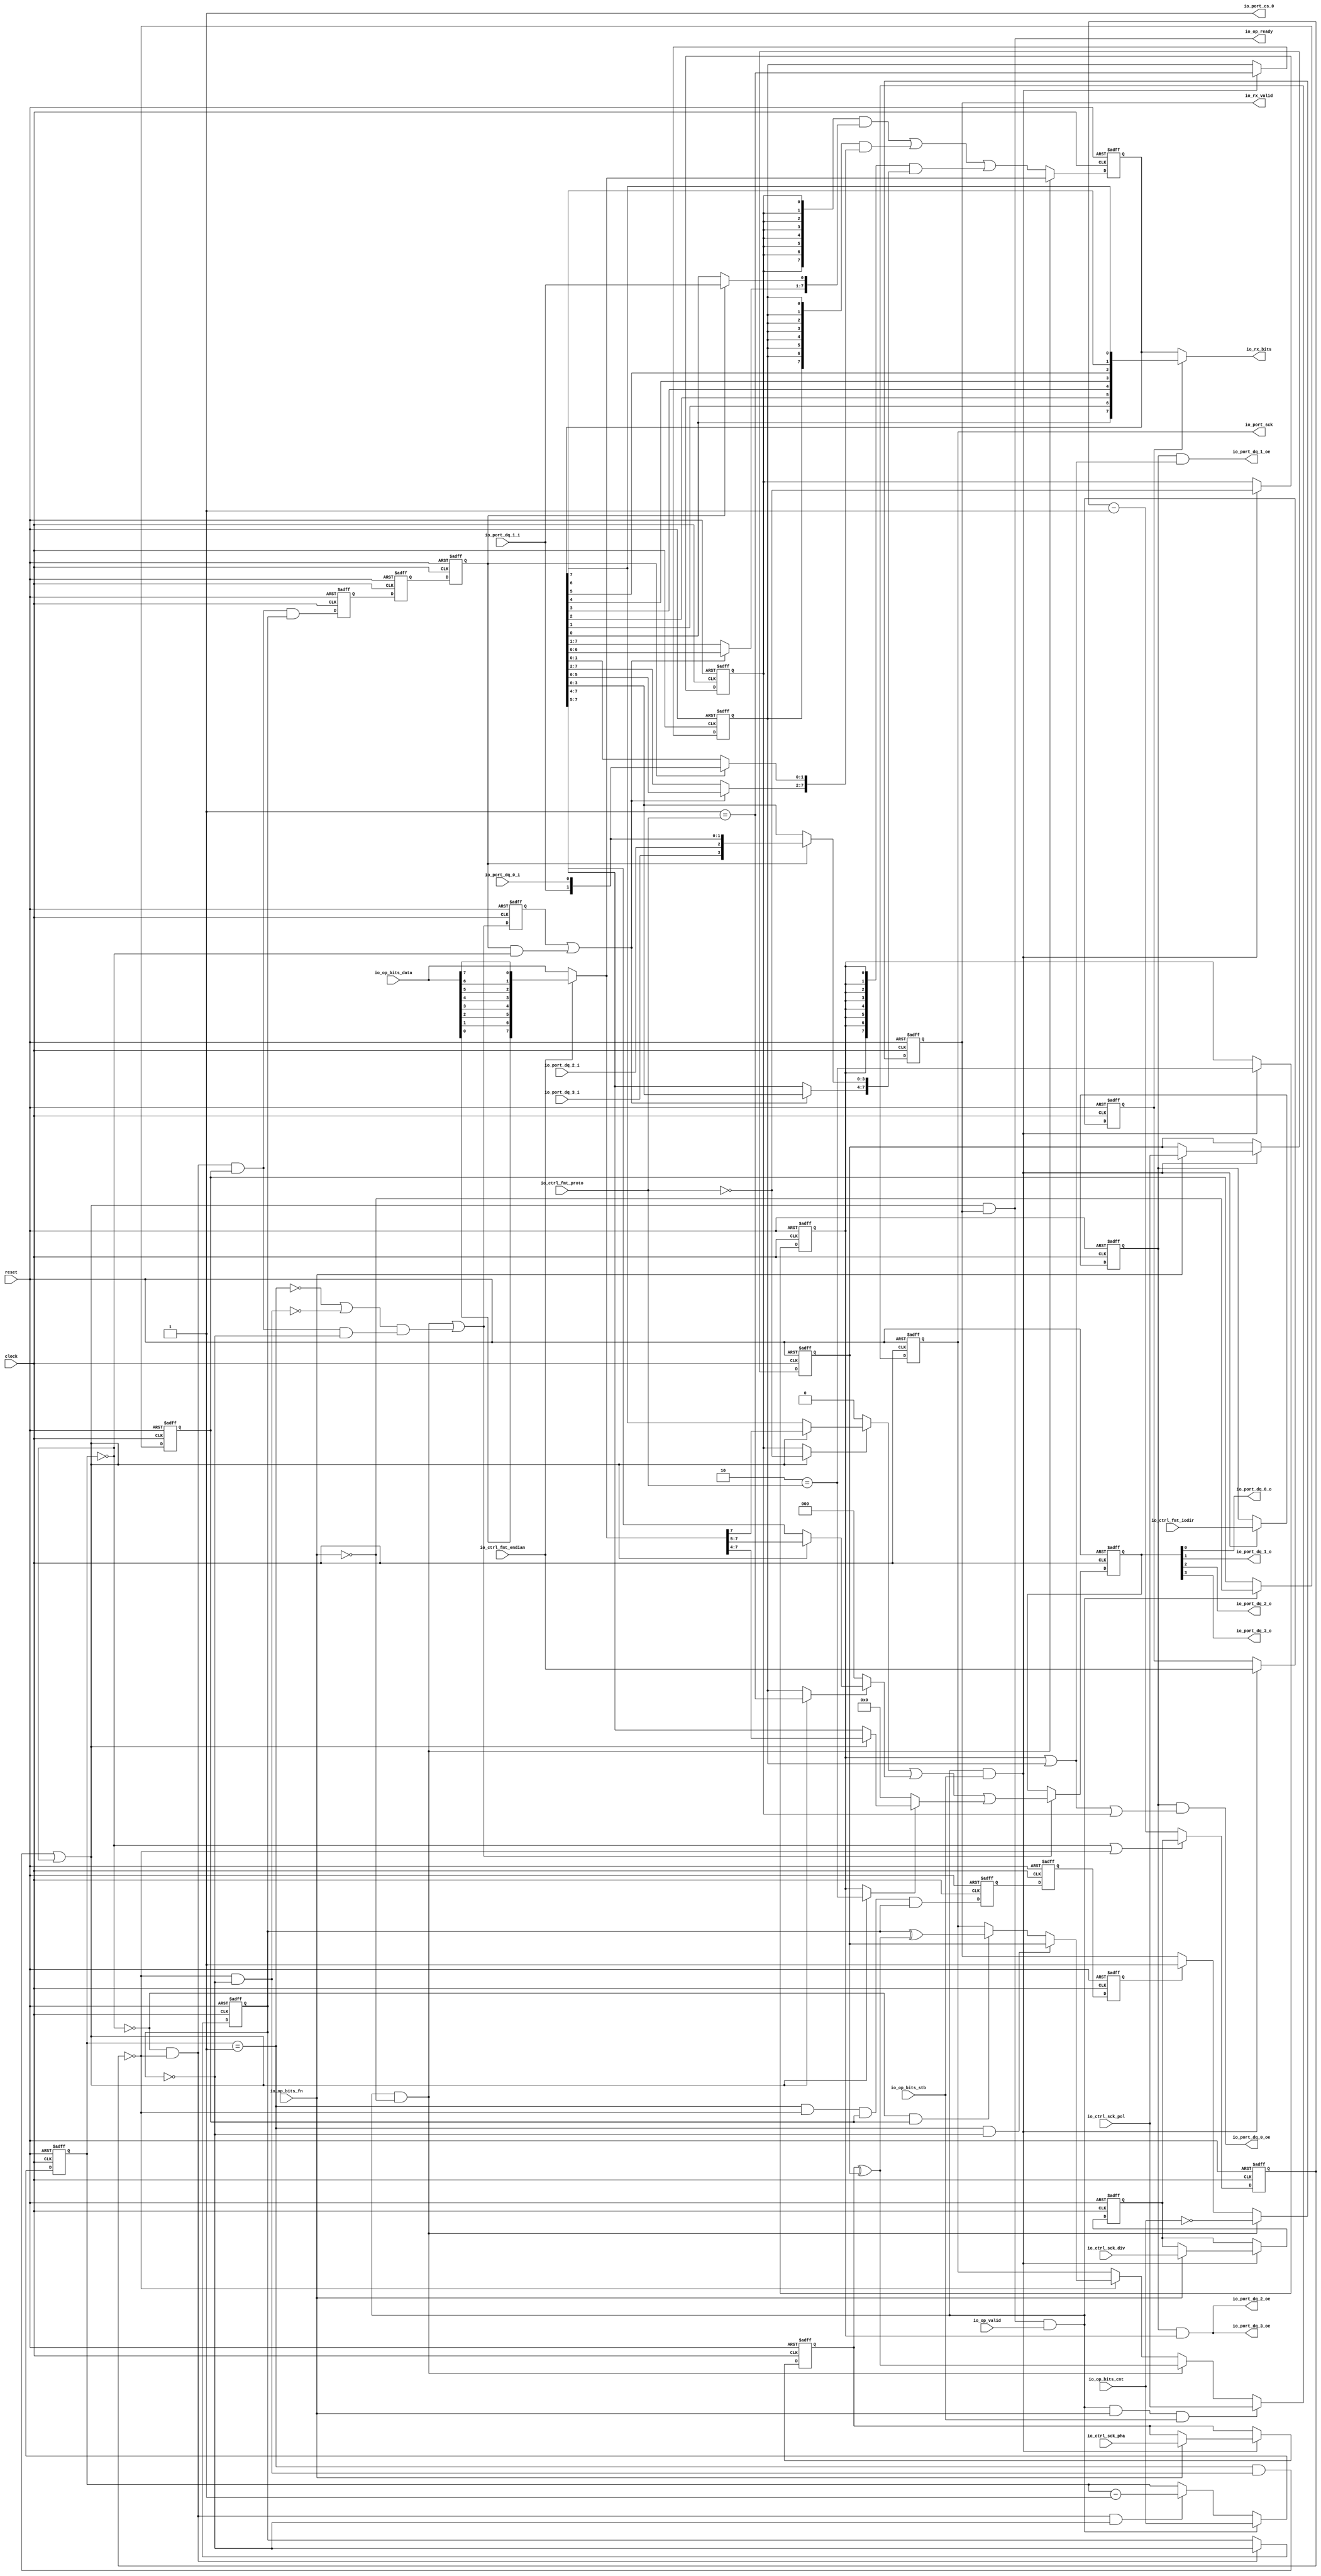
 /*                                                                      
 Copyright 2018 Tomas Brabec
 Copyright 2017 Silicon Integrated Microelectronics, Inc.                
                                                                         
 Licensed under the Apache License, Version 2.0 (the "License");         
 you may not use this file except in compliance with the License.        
 You may obtain a copy of the License at                                 
                                                                         
     http://www.apache.org/licenses/LICENSE-2.0                          
                                                                         
  Unless required by applicable law or agreed to in writing, software    
 distributed under the License is distributed on an "AS IS" BASIS,       
 WITHOUT WARRANTIES OR CONDITIONS OF ANY KIND, either express or implied.
 See the License for the specific language governing permissions and     
 limitations under the License.                                          

 Change log:

   2018, Aug, Tomas Brabec
   - Code cleanup (unused nets, transitive assignments, constant assignments).

 */                                                                      
                                                                         
                                                                         
                                                                         

module sirv_qspi_physical(
  input   clock,
  input   reset,
  output  io_port_sck,
  input   io_port_dq_0_i,
  output  io_port_dq_0_o,
  output  io_port_dq_0_oe,
  input   io_port_dq_1_i,
  output  io_port_dq_1_o,
  output  io_port_dq_1_oe,
  input   io_port_dq_2_i,
  output  io_port_dq_2_o,
  output  io_port_dq_2_oe,
  input   io_port_dq_3_i,
  output  io_port_dq_3_o,
  output  io_port_dq_3_oe,
  output  io_port_cs_0,  // unused
  input  [11:0] io_ctrl_sck_div,
  input   io_ctrl_sck_pol,
  input   io_ctrl_sck_pha,
  input  [1:0] io_ctrl_fmt_proto,
  input   io_ctrl_fmt_endian,
  input   io_ctrl_fmt_iodir,
  output  io_op_ready,
  input   io_op_valid,
  // Type of SPI micro opration (0=xfer, 1=delay). An SPI operation consists of
  // micro operations, such as an N-bit data transfer, or a delay (e.g. between
  // CS assertion and 1st SCK change, between two data transfers, after a data
  // transfer and CS de-assertion, etc.).
  input   io_op_bits_fn,
  input   io_op_bits_stb,
  input  [7:0] io_op_bits_cnt,
  input  [7:0] io_op_bits_data,
  output  io_rx_valid,
  output [7:0] io_rx_bits
);
  reg [11:0] ctrl_sck_div;
  reg  ctrl_sck_pol;
  reg  ctrl_sck_pha;
  reg [1:0] ctrl_fmt_proto;
  reg  ctrl_fmt_endian;
  reg  ctrl_fmt_iodir;
//  wire  proto_s;
//  wire  proto_d;
//  wire  proto_q;
  reg  proto_s;
  reg  proto_d;
  reg  proto_q;
  reg  setup_d;
  reg  T_119;
  reg  T_120;
  reg  sample_d;
  reg  T_122;
  reg  T_123;
  reg  last_d;
  // A multi-purpose counter in units of one SCK period (a.k.a. tick). This counter
  // is loaded from the upper "media" access module, which is responsible for frame
  // formatting. Henc, as the transmission proceeds, `scnt` gets loaded with intercs,
  // interxfr, sckcs and cssck (fields of the delay0 and delay1 registers), and counts
  // down those values.
  reg [7:0] scnt;
  // A SCK counter (a.k.a. tick counter). Counts down the number of `clock` cycles that
  // yield one SCK cycle (a.k.a. tick).
  reg [11:0] tcnt;
  // Indicates final count-down of the multi-purpose counter.
  wire  stop;
  // Indicates final count-down of the tick counter.
  wire  beat;
//  wire [11:0] decr;
  reg  sck;
  // Internal SCK, rise edge active.
  reg  cref;
  // defines the polarity of the output SCK
  wire  cinv;
  reg [7:0] buffer;
  wire [7:0] buffer_in;
  wire [7:0] T_179;
  reg [3:0] txd;
  wire [3:0] T_193;
//  wire [3:0] GEN_0;
  reg  done;
//  wire  T_212;
  reg  xfr;
//  wire  _234;
//  wire  _236;
//  wire  T_237;
//  wire  GEN_12;
//  wire  GEN_13;
  wire  scnt_eq_one;
  wire  cref_rise;
  wire  GEN_21;
  wire  T_251;
//  wire  T_259;
//  wire [1:0] GEN_54;
//  wire  GEN_55;
//  wire  GEN_56;
//  wire  GEN_57;
//  wire [7:0] GEN_58;
//  wire  GEN_59;
  wire  GEN_60;
//  wire  GEN_61;
//  wire [11:0] GEN_62;
//  wire  GEN_63;
//  wire  GEN_64;
  wire [7:0] io_op_bits_data_rev;
  assign io_port_sck = sck;
  assign io_port_dq_0_o = txd[0];
  assign io_port_dq_0_oe = ctrl_fmt_iodir & (proto_q | proto_d | proto_s);
  assign io_port_dq_1_o = txd[1];
  assign io_port_dq_1_oe = ctrl_fmt_iodir & (proto_q | proto_d);
  assign io_port_dq_2_o = txd[2];
  assign io_port_dq_2_oe = ctrl_fmt_iodir & (proto_q);
  assign io_port_dq_3_o = txd[3];
  assign io_port_dq_3_oe = io_port_dq_2_oe; 
  assign io_port_cs_0 = 1'h1;
  assign io_op_ready = T_251;
  assign io_rx_valid = done;
  assign io_rx_bits = ctrl_fmt_endian ? {buffer[0],buffer[1],buffer[2],buffer[3],buffer[4],buffer[5],buffer[6],buffer[7]} : buffer;
//  assign proto_s = 2'h0 == ctrl_fmt_proto;
//  assign proto_d = 2'h1 == ctrl_fmt_proto;
//  assign proto_q = 2'h2 == ctrl_fmt_proto;
  assign stop = scnt == 8'h0;
  assign beat = tcnt == 12'h0;
//  assign decr = (beat ? {{4'd0}, scnt} : tcnt) - 12'h1;
  assign cinv = ctrl_sck_pha ^ ctrl_sck_pol;
  assign io_op_bits_data_rev  = {io_op_bits_data[0],io_op_bits_data[1],io_op_bits_data[2],io_op_bits_data[3],io_op_bits_data[4],io_op_bits_data[5],io_op_bits_data[6],io_op_bits_data[7]};
  assign buffer_in = ~io_ctrl_fmt_endian ? io_op_bits_data : io_op_bits_data_rev;
  assign T_179 = 
      ({8{proto_s}} & {((setup_d | (sample_d & stop)) ? buffer[6:0] : buffer[7:1]),(sample_d ? io_port_dq_1_i : buffer[0])}) |
      ({8{proto_d}} & {((setup_d | (sample_d & stop)) ? buffer[5:0] : buffer[7:2]),(sample_d ? {io_port_dq_1_i,io_port_dq_0_i} : buffer[1:0])}) | 
      ({8{proto_q}} & {((setup_d | (sample_d & stop)) ? buffer[3:0] : buffer[7:4]),(sample_d ? ({({io_port_dq_3_i,io_port_dq_2_i}),({io_port_dq_1_i,io_port_dq_0_i})}) : buffer[3:0])});
  assign T_193 = 
      {3'd0, ((GEN_21 ? 2'h0 == io_ctrl_fmt_proto : proto_s) ? (GEN_21 ? buffer_in[7]   : buffer[7]  ) : 1'h0)} |
      {2'd0, ((GEN_21 ? 2'h1 == io_ctrl_fmt_proto : proto_d) ? (GEN_21 ? buffer_in[7:5] : buffer[7:5]) : 2'h0)} |
             ((GEN_21 ? 2'h2 == io_ctrl_fmt_proto : proto_q) ? (GEN_21 ? buffer_in[7:4] : buffer[7:4]) : 4'h0);
//  assign GEN_0 = GEN_60 ? T_193 : txd;
//  assign T_212 = done | last_d;
//  assign _234 = stop == 1'h0;
//  assign _236 = cref == 1'h0;
//  assign T_237 = cref ^ cinv;
//  assign GEN_12 = (~stop & beat) ^ cref;
//  assign GEN_13 = ~stop ? (beat ? (xfr ? T_237 : sck) : sck) : sck;
  assign scnt_eq_one = scnt == 8'h1;
  assign cref_rise = beat & ~cref;
  assign GEN_21 = (scnt_eq_one & cref_rise) | stop;
  assign T_251 = GEN_21 & done;
//  assign T_259 = io_op_bits_cnt == 8'h0;
//  assign GEN_54 = T_251 ? (io_op_valid ? (io_op_bits_stb ? io_ctrl_fmt_proto : ctrl_fmt_proto) : ctrl_fmt_proto) : ctrl_fmt_proto;
//  assign GEN_55 = T_251 ? (io_op_valid ? (io_op_bits_stb ? io_ctrl_fmt_endian : ctrl_fmt_endian) : ctrl_fmt_endian) : ctrl_fmt_endian;
//  assign GEN_56 = T_251 ? (io_op_valid ? (io_op_bits_stb ? io_ctrl_fmt_iodir : ctrl_fmt_iodir) : ctrl_fmt_iodir) : ctrl_fmt_iodir;
//  assign GEN_57 = T_251 ? (io_op_valid ? ~io_op_bits_fn : xfr) : xfr;
//  assign GEN_58 = T_251 ? (io_op_valid ? (~io_op_bits_fn ? buffer_in : T_179) : T_179) : T_179;
//  assign GEN_59 = T_251 ? (io_op_valid ? (io_op_bits_fn ? (io_op_bits_stb ? io_ctrl_sck_pol : (~io_op_bits_fn ? cinv : (scnt_eq_one ? (cref_rise ? ctrl_sck_pol : GEN_13) : GEN_13))) : (~io_op_bits_fn ? cinv : (scnt_eq_one ? (cref_rise ? ctrl_sck_pol : GEN_13) : GEN_13))) : (scnt_eq_one ? (cref_rise ? ctrl_sck_pol : GEN_13) : GEN_13)) : (scnt_eq_one ? (cref_rise ? ctrl_sck_pol : GEN_13) : GEN_13);
  assign GEN_60 = 
          (T_251 & io_op_valid & ~io_op_bits_fn) |
          ((~scnt_eq_one | ~cref_rise) & (~stop & beat & xfr & ~cref));
//  assign GEN_61 = T_251 ? (io_op_valid ? (~io_op_bits_fn ? T_259 : T_212) : T_212) : T_212;
//  assign GEN_62 = T_251 ? (io_op_valid ? (io_op_bits_fn ? (io_op_bits_stb ? io_ctrl_sck_div : ctrl_sck_div) : ctrl_sck_div) : ctrl_sck_div) : ctrl_sck_div;
//  assign GEN_63 = T_251 ? (io_op_valid ? (io_op_bits_fn ? (io_op_bits_stb ? io_ctrl_sck_pol : ctrl_sck_pol) : ctrl_sck_pol) : ctrl_sck_pol) : ctrl_sck_pol;
//  assign GEN_64 = T_251 ? (io_op_valid ? (io_op_bits_fn ? (io_op_bits_stb ? io_ctrl_sck_pha : ctrl_sck_pha) : ctrl_sck_pha) : ctrl_sck_pha) : ctrl_sck_pha;

  always @(posedge clock or posedge reset)
  if (reset) begin
    ctrl_sck_div <= 12'b0;
    ctrl_sck_pol <= 1'b0;
    ctrl_sck_pha <= 1'b0;
    ctrl_fmt_proto <= 2'b0;
    proto_s <= 1'h1; 
    proto_d <= 1'h0;
    proto_q <= 1'h0;
    ctrl_fmt_endian <= 1'b0;
    ctrl_fmt_iodir <= 1'b0;
    setup_d <= 1'b0;
    tcnt <= 12'b0;
    sck <= 1'b0;
    buffer <= 8'b0;
    xfr <= 1'b0;
  end
  else begin
    if (T_251 & io_op_valid & io_op_bits_stb) begin
          ctrl_fmt_proto <= io_ctrl_fmt_proto;
          ctrl_fmt_endian <= io_ctrl_fmt_endian;
          ctrl_fmt_iodir <= io_ctrl_fmt_iodir;
          proto_s <= 2'h0 == io_ctrl_fmt_proto;
          proto_d <= 2'h1 == io_ctrl_fmt_proto;
          proto_q <= 2'h2 == io_ctrl_fmt_proto;

          if (io_op_bits_fn) begin
            ctrl_sck_div <= io_ctrl_sck_div;
            ctrl_sck_pol <= io_ctrl_sck_pol;
            ctrl_sck_pha <= io_ctrl_sck_pha;
          end
    end
//    if (T_251) begin
//      if (io_op_valid) begin
//        if (io_op_bits_fn) begin
//          if (io_op_bits_stb) begin
//            ctrl_sck_div <= io_ctrl_sck_div;
//          end
//        end
//      end
//    end
//    if (T_251) begin
//      if (io_op_valid) begin
//        if (io_op_bits_fn) begin
//          if (io_op_bits_stb) begin
//            ctrl_sck_pol <= io_ctrl_sck_pol;
//          end
//        end
//      end
//    end
//    if (T_251) begin
//      if (io_op_valid) begin
//        if (io_op_bits_fn) begin
//          if (io_op_bits_stb) begin
//            ctrl_sck_pha <= io_ctrl_sck_pha;
//          end
//        end
//      end
//    end
//    if (T_251) begin
//      if (io_op_valid) begin
//        if (io_op_bits_stb) begin
//          ctrl_fmt_proto <= io_ctrl_fmt_proto;
//        end
//      end
//    end
//    if (T_251) begin
//      if (io_op_valid) begin
//        if (io_op_bits_stb) begin
//          ctrl_fmt_endian <= io_ctrl_fmt_endian;
//        end
//      end
//    end
//    if (T_251) begin
//      if (io_op_valid) begin
//        if (io_op_bits_stb) begin
//          ctrl_fmt_iodir <= io_ctrl_fmt_iodir;
//        end
//      end
//    end
    setup_d <= GEN_60;

    tcnt <= (stop | beat) ? ctrl_sck_div : tcnt - 1'b1;

    if (T_251 & io_op_valid & io_op_bits_fn & io_op_bits_stb) begin
        sck <= io_ctrl_sck_pol;
    end else if (T_251 & io_op_valid & ~io_op_bits_fn) begin
        sck <= cinv;
    end else if (beat) begin
      if (scnt_eq_one & ~cref) begin
        sck <= ctrl_sck_pol;
      end else if (~stop & xfr) begin
        sck <=  cref ^ cinv;
      end
    end

    if (T_251 & io_op_valid & ~io_op_bits_fn) begin
      buffer <= buffer_in;
    end else begin
      buffer <= T_179;
    end
//    if (T_251) begin
//      if (io_op_valid) begin
//        if (~io_op_bits_fn) begin
//          buffer <= ~io_ctrl_fmt_endian ? io_op_bits_data : io_op_bits_data_rev;
//        end else begin
//          buffer <= T_179;
//        end
//      end else begin
//        buffer <= T_179;
//      end
//    end else begin
//      buffer <= T_179;
//    end

    if (T_251 & io_op_valid) begin
      xfr <= ~io_op_bits_fn;
    end

  end


  always @(posedge clock or posedge reset)
    if (reset) begin
      cref <= 1'h1;
    end else if (~stop & beat) begin
      cref <= ~cref;
    end


  always @(posedge clock or posedge reset)
    if (reset) begin
      txd <= 4'h0;
    end else if (GEN_60) begin
      txd <= T_193;
    end

  always @(posedge clock or posedge reset)
    if (reset) begin
      done <= 1'h1;
    end else begin
      if (T_251 & io_op_valid & ~io_op_bits_fn) begin
        done <= io_op_bits_cnt == 8'h0;
      end else if (last_d) begin
        done <= 1'h1;
      end
    end



//  always @(posedge clock or posedge reset)
//    if (reset) begin
//      T_119 <= 1'h0;
//    end else begin
//      T_119 <= (~stop & beat & xfr & cref);
//    end
//
//  always @(posedge clock or posedge reset)
//    if (reset) begin
//      T_120 <= 1'h0;
//    end else begin
//      T_120 <= T_119;
//    end
//
//  always @(posedge clock or posedge reset)
//    if (reset) begin
//      sample_d <= 1'h0;
//    end else begin
//      sample_d <= T_120;
//    end
  always @(posedge clock or posedge reset)
    if (reset) begin
      T_119 <= 1'h0;
      T_120 <= 1'h0;
      sample_d <= 1'h0;
    end else begin
      T_119 <= (~stop & beat & xfr & cref);
      T_120 <= T_119;
      sample_d <= T_120;
    end

//  always @(posedge clock or posedge reset)
//    if (reset) begin
//      T_122 <= 1'h0;
//    end else begin
//      T_122 <= (scnt_eq_one & beat & xfr & cref);
//    end
//
//  always @(posedge clock or posedge reset)
//    if (reset) begin
//      T_123 <= 1'h0;
//    end else begin
//      T_123 <= T_122;
//    end
//
//  always @(posedge clock or posedge reset)
//    if (reset) begin
//      last_d <= 1'h0;
//    end else begin
//      last_d <= T_123;
//    end
  always @(posedge clock or posedge reset)
    if (reset) begin
      T_122 <= 1'h0;
      T_123 <= 1'h0;
      last_d <= 1'h0;
    end else begin
      T_122 <= (scnt_eq_one & beat & xfr & cref);
      T_123 <= T_122;
      last_d <= T_123;
    end

  always @(posedge clock or posedge reset)
    if (reset) begin
      scnt <= 8'h0;
    end else begin
        if (T_251 &  io_op_valid)
            scnt <= io_op_bits_cnt;
        else if (~stop & beat & ~cref)
            scnt <=  scnt - 1'b1;
    end

endmodule